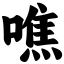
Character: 噍